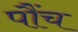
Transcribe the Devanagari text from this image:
पौंच